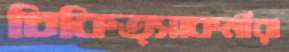
চিকিত্সাকর্মীরা